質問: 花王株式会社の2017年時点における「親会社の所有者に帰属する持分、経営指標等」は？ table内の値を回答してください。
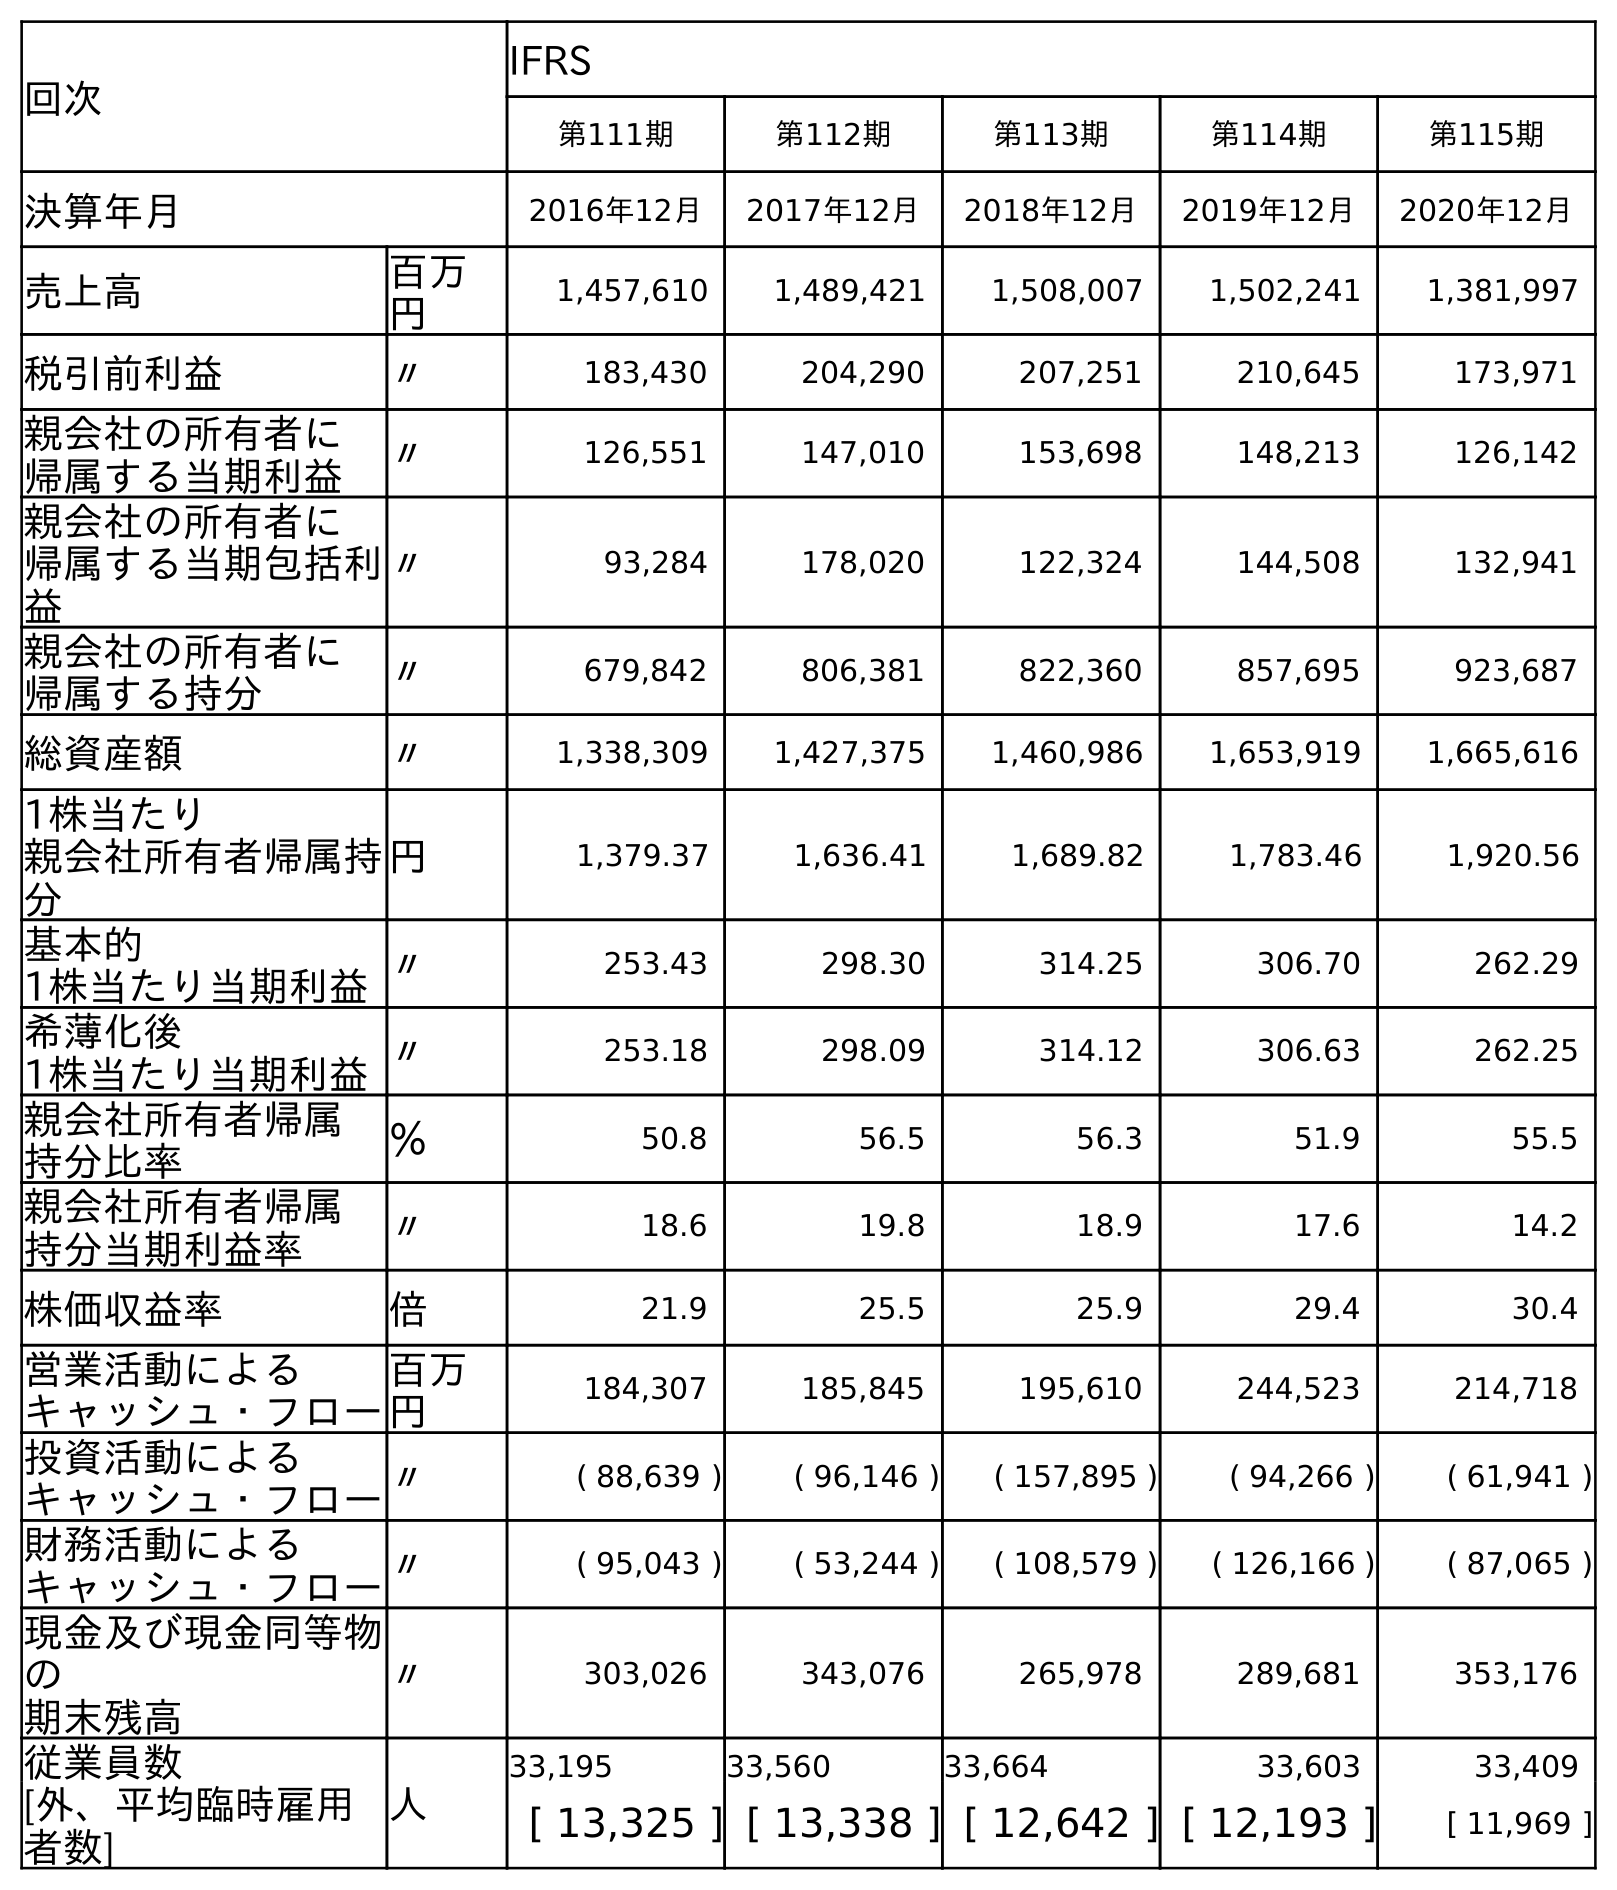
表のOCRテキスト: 回次 IFRS 第111期 第112期 第113期 第114期 第115期 決算年月 2016年12月 2017年12月 2018年12月 2019年12月 2020年12月 売上高 百万 円 1,457,610 1,489,421 1,508,007 1,502,241 1,381,997 税引前利益 〃 183,430 204,290 207,251 210,645 173,971 親会社の所有者に 帰属する当期利益 〃 126,551 147,010 153,698 148,213 126,142 親会社の所有者に 帰属する当期包括利 益 〃 93,284 178,020 122,324 144,508 132,941 親会社の所有者に 帰属する持分 〃 679,842 806,381 822,360 857,695 923,687 総資産額 〃 1,338,309 1,427,375 1,460,986 1,653,919 1,665,616 1株当たり 親会社所有者帰属持 分 円 1,379.37 1,636.41 1,689.82 1,783.46 1,920.56 基本的 1株当たり当期利益〃 253.43 298.30 314.25 306.70 262.29 希薄化後 1株当たり当期利益〃 253.18 298.09 314.12 306.63 262.25 親会社所有者帰属 持分比率 ％ 50.8 56.5 56.3 51.9 55.5 親会社所有者帰属 持分当期利益率 〃 18.6 19.8 18.9 17.6 14.2 株価収益率 倍 21.9 25.5 25.9 29.4 30.4 営業活動による キャッシュ・フロー 百万 円 184,307 185,845 195,610 244,523 214,718 投資活動による キャッシュ・フロー〃 ( 88,639 ) ( 96,146 ) ( 157,895 ) ( 94,266 ) ( 61,941 ) 財務活動による キャッシュ・フロー〃 ( 95,043 ) ( 53,244 ) ( 108,579 ) ( 126,166 ) ( 87,065 ) 現金及び現金同等物 の 期末残高 〃 303,026 343,076 265,978 289,681 353,176 従業員数 人 33,195 33,560 33,664 33,603 33,409 [外、平均臨時雇用 者数] [ 13,325 ] [ 13,338 ] [ 12,642 ] [ 12,193 ] [ 11,969 ]
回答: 806,381